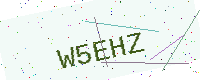
Text: W5EHZ